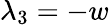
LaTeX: \lambda_{3}=-w